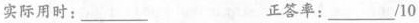
实际用时:_____ 正答率:___10